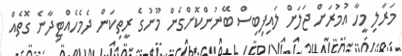
މަރާލި މީހާ އުމުރަށް ޖަލަށް ލައިފިބިސް ބޭނުންކޮށްގެން މޫނުގެ ރީތިކަން ދެމެހެއްޓިދާނެ ގޮތެއް